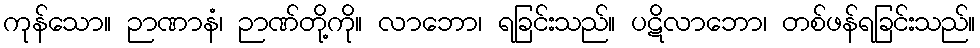
ကုန်သော။ ဉာဏာနံ၊ ဉာဏ်တို့ကို။ လာဘော၊ ရခြင်းသည်။ ပဋိလာဘော၊ တစ်ဖန်ရခြင်းသည်။